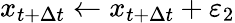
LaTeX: x_{t+\Delta t}\gets x_{t+\Delta t}+\varepsilon_{2}